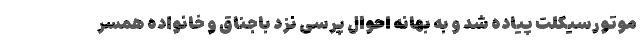
موتورسیکلت پیاده شد و به بهانه احوال پرسی نزد باجناق و خانواده همسر